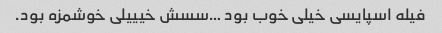
فیله اسپایسی خیلی خوب بود …سسش خیییلی خوشمزه بود.